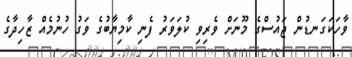
ވާހަކަގަނޑުން ޖައުސްގެ މޫނަށް ވެރިވި ކުލަވަރު ފެނި ކާމިޔާބުގެ ވަގު ހުނުމެއް ޒާހިދާގެ